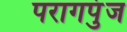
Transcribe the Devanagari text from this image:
परागपुंज